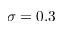
\sigma = 0 . 3